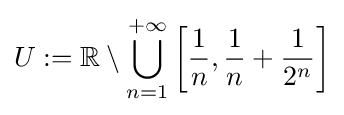
U:=\mathbb {R} \setminus \bigcup _{n=1}^{+\infty }\left[{\frac {1}{n}},{\frac {1}{n}}+{\frac {1}{2^{n}}}\right]